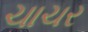
ચાચર